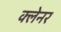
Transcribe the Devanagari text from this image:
क्लेनर